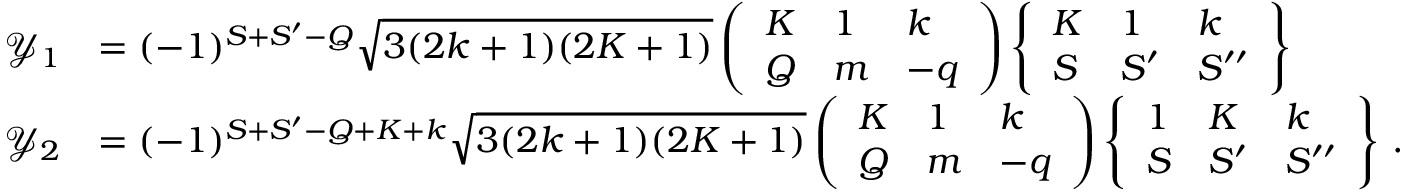
\begin{array} { r l } { \mathcal { Y } _ { 1 } } & { = ( - 1 ) ^ { S + S ^ { \prime } - Q } \sqrt { 3 ( 2 k + 1 ) ( 2 K + 1 ) } \left( \begin{array} { l l l } { K } & { 1 } & { k } \\ { Q } & { m } & { - q } \end{array} \right) \left\{ \begin{array} { l l l } { K } & { 1 } & { k } \\ { S } & { S ^ { \prime } } & { S ^ { \prime \prime } } \end{array} \right\} } \\ { \mathcal { Y } _ { 2 } } & { = ( - 1 ) ^ { S + S ^ { \prime } - Q + K + k } \sqrt { 3 ( 2 k + 1 ) ( 2 K + 1 ) } \left( \begin{array} { l l l } { K } & { 1 } & { k } \\ { Q } & { m } & { - q } \end{array} \right) \left\{ \begin{array} { l l l } { 1 } & { K } & { k } \\ { S } & { S ^ { \prime } } & { S ^ { \prime \prime } } \end{array} \right\} \, . } \end{array}